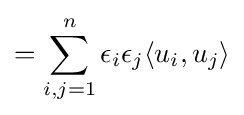
=\sum _{i,j=1}^{n}\epsilon _{i}\epsilon _{j}\langle u_{i},u_{j}\rangle